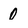
Character: 0